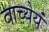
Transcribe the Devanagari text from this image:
वाच्येयं